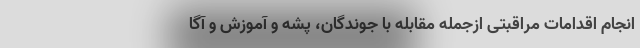
انجام اقدامات مراقبتی ازجمله مقابله با جوندگان، پشه و آموزش و آگا